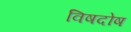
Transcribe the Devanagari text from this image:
विषदोष